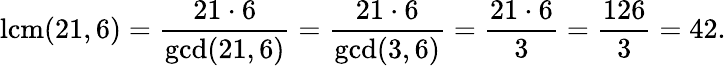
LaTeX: \operatorname{lcm}(21,6)={\frac{21\cdot 6}{\operatorname*{gcd}(21,6)}}={\frac{21\cdot 6}{\operatorname*{gcd}(3,6)}}={\frac{21\cdot 6}{3}}={\frac{126}{3}}=42.